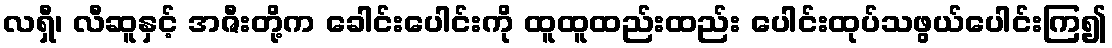
လရှီ၊ လီဆူနှင့် အဇီးတို့က ခေါင်းပေါင်းကို ထူထူထည်းထည်း ပေါင်းထုပ်သဖွယ်ပေါင်းကြ၍